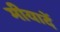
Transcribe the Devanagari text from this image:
मीयादें